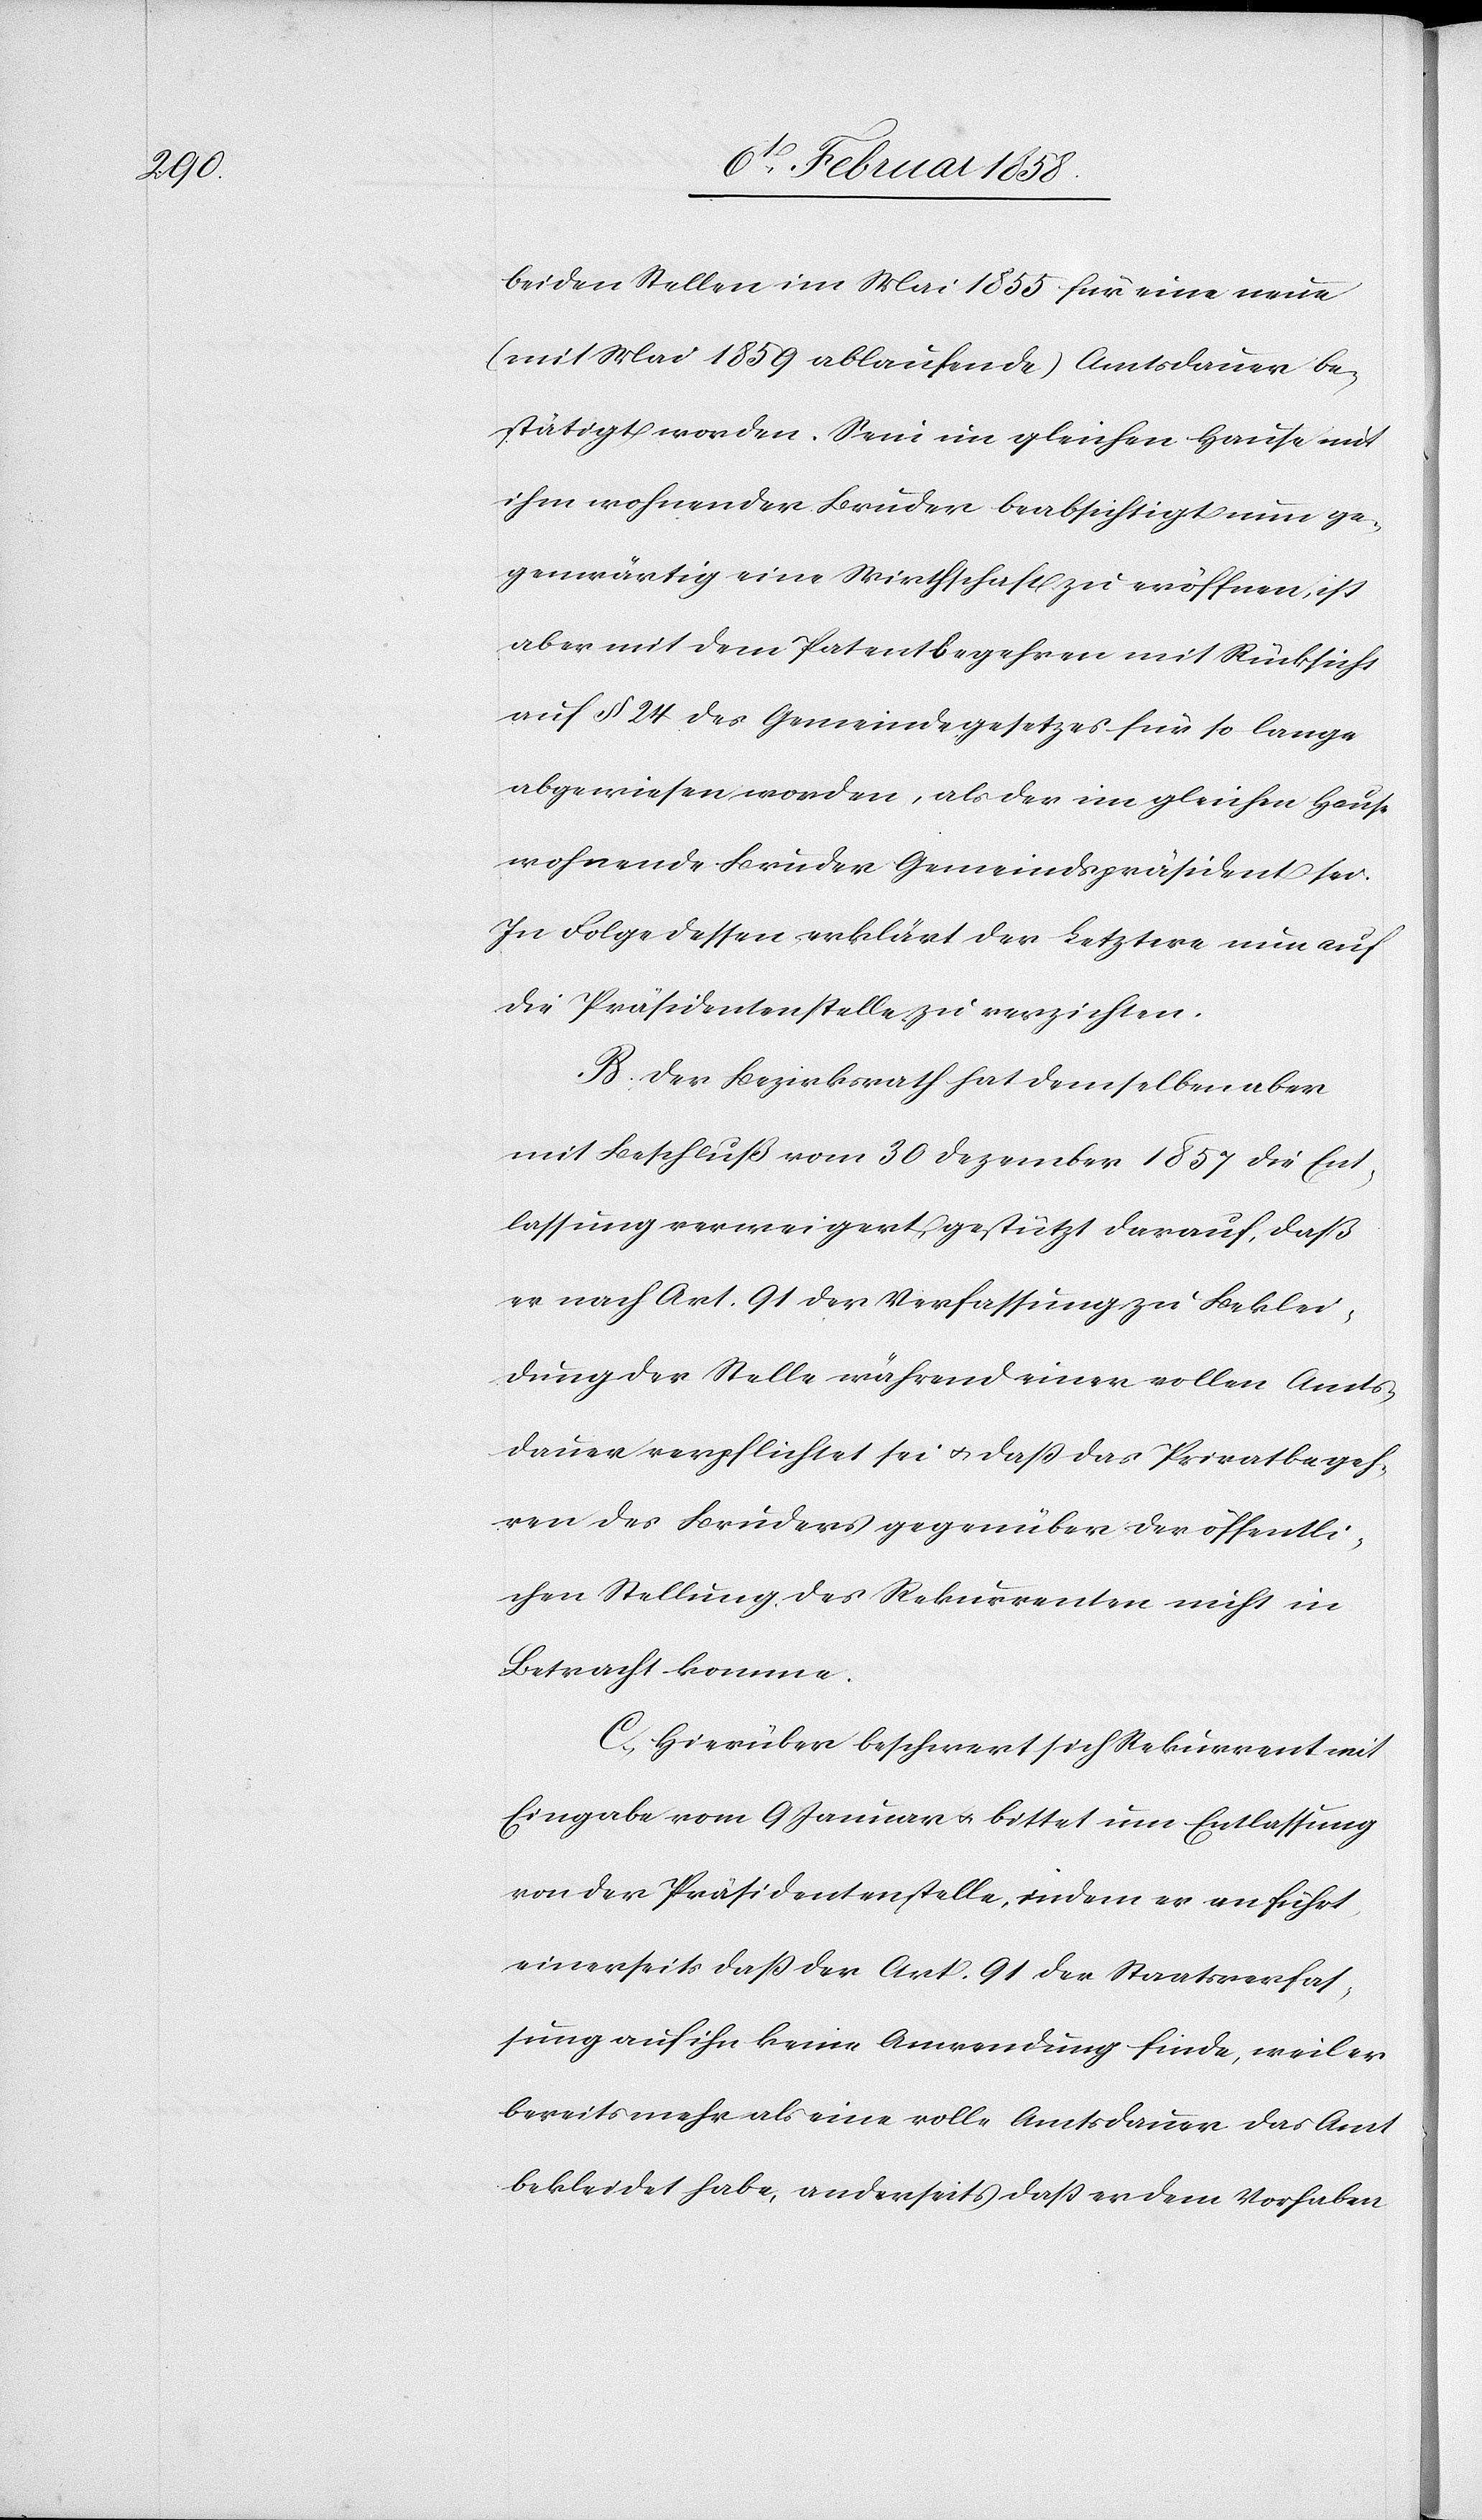
beiden Stellen im Mai 1855 für eine neue
(mit Mai 1859 ablaufende) Amtsdauer be¬
stätigt worden. Sein im gleichen Hause mit
ihm wohnender Bruder beabsichtigt nun ge¬
genwärtig eine Wirthschaft zu eröffnen, ist
aber mit dem Patentbegehren mit Rücksicht
auf § 24 des Gemeindegesetzes für so lange
abgewiesen worden, als der im gleichen Hause
wohnende Bruder Gemeindspräsident sei.
In Folge dessen erklärt der Letztere nun auf
die Präsidentenstelle zu verzichten.
B. Der Bezirksrath hat demselben aber
mit Beschluß vom 30 Dezember 1857 die Ent¬
lassung verweigert, gestützt darauf, daß
er nach Art. 91 der Verfassung zu Beklei¬
dung der Stelle während einer vollen Amts¬
dauer verpflichtet sei u. daß das Privatbegeh¬
ren des Bruders gegenüber der öffentli¬
chen Stellung des Rekurrenten nicht in
Betracht komme.
C. Hierüber beschwert sich Rekurrent mit
Eingabe vom 9 Januar u. bittet um Entlassung
von der Präsidentenstelle, indem er anführt,
einerseits daß der Art. 91 der Staatsverfas¬
sung auf ihn keine Anwendung finde, weil er
bereits mehr als eine volle Amtsdauer das Amt
bekleidet habe, anderseits daß er dem Vorhaben